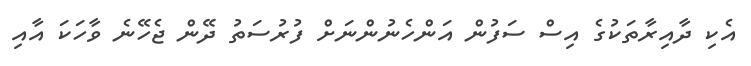
އެކި ދާއިރާތަކުގެ އިސް ސަފުން އަންހެނުންނަށް ފުރުސަތު ދޭން ޖެހޭނެ ވާހަކަ އާއި